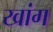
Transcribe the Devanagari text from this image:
खांग